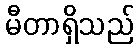
မီတာရှိသည်